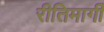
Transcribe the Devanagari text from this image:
रीतिमार्गी